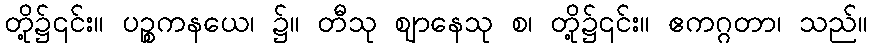
တို့၌၎င်း။ ပဉ္စကနယေ၊ ၌။ တီသု ဈာနေသု စ၊ တို့၌၎င်း။ ဧကဂ္ဂတာ၊ သည်။